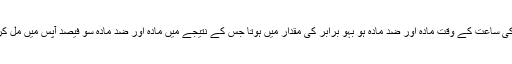
اگر سی پی کائنات کا وجود ممکن ہوتا تو بگ بینگ کی ساعت کے وقت مادّہ اور ضد مادّہ ہو بہو برابر کی مقدار میں ہوتا جس کے نتیجے میں مادّہ اور ضد مادّہ سو فیصد آپس میں مل کر فنا ہو جاتا اور ہمارے ایٹموں کا بننا ممکن نہ رہتا !